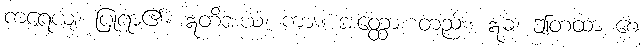
ကရေယျ၊ ပြုရာ၏။ ဣတိအယံ၊ ကား။ အတ္ထော၊ တည်း။ ဣဓ၊ ဤတထာ စေ